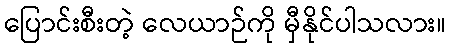
ပြောင်းစီးတဲ့ လေယာဉ်ကို မှီနိုင်ပါသလား။